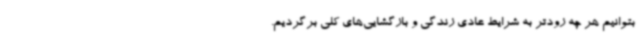
بتوانیم هر چه زودتر به شرایط عادی زندگی و بازگشایی‌های کلی برگردیم.